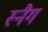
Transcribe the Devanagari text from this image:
स्नैग